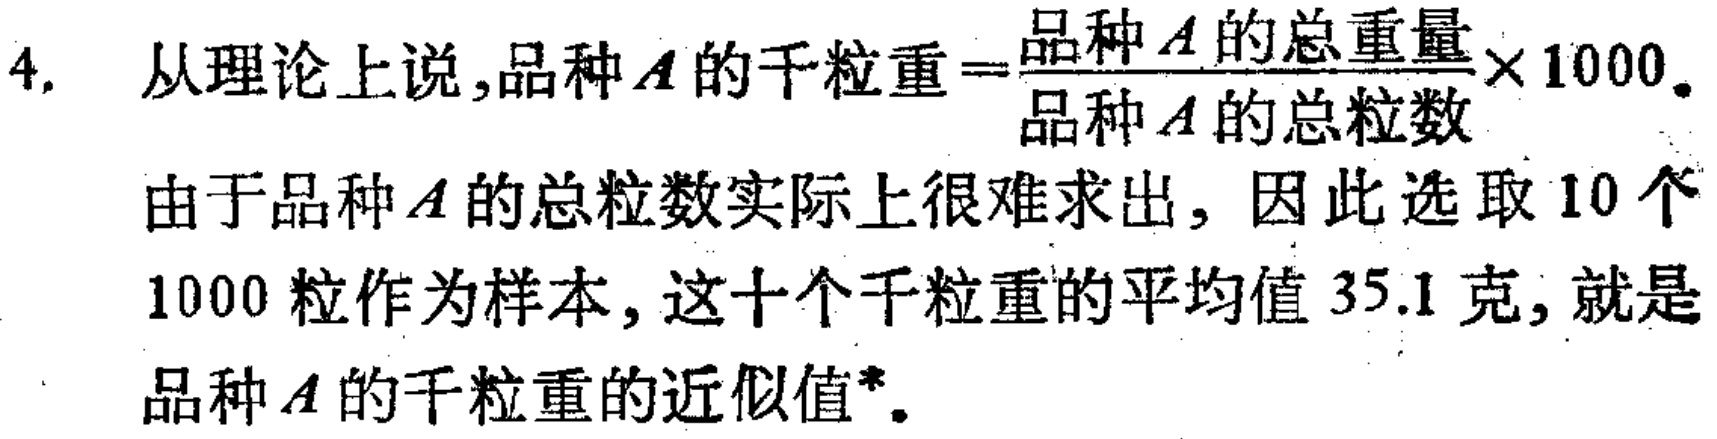
4. 从理论上说，品种\(A\)的千粒重\(=\frac{品种A的总重量}{品种A的总粒数}\times 1000\)。

由于品种\(A\)的总粒数实际上很难求出，因此选取\(10\)个\(1000\)粒作为样本，这十个千粒重的平均值\(35.1\)克，就是品种\(A\)的千粒重的近似值*。